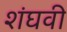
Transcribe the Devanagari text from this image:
शंघवी